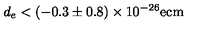
d _ { e } < ( - 0 . 3 \pm 0 . 8 ) \times 1 0 ^ { - 2 6 } \mathrm { e c m }